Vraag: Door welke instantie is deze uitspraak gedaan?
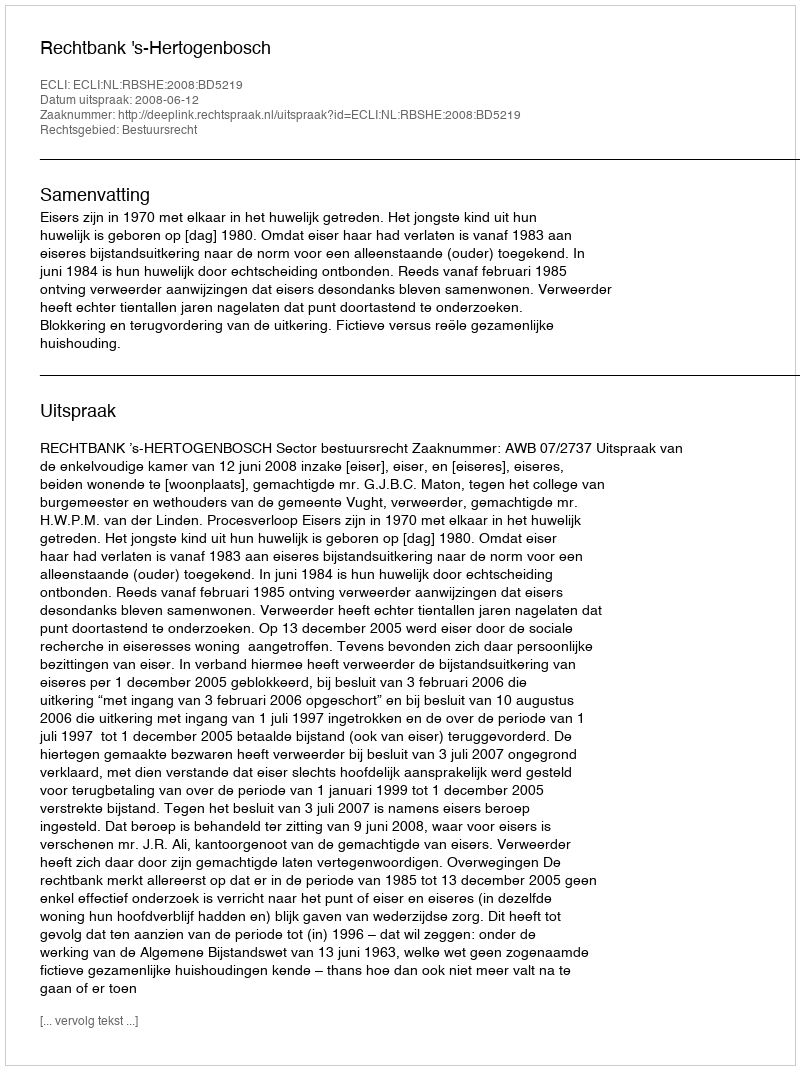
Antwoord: Rechtbank 's-Hertogenbosch